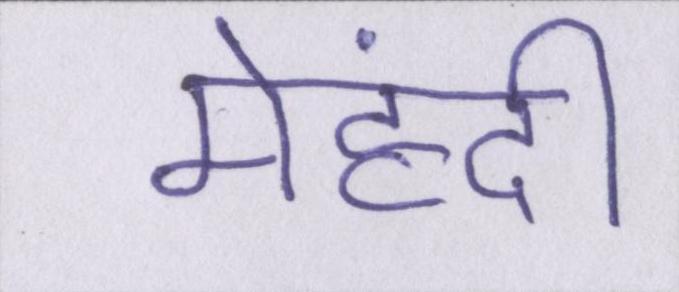
मेहंदी